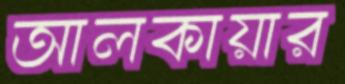
আলকায়ার